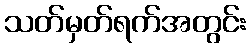
သတ်မှတ်ရက်အတွင်း